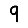
Digit: 9